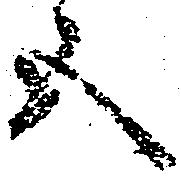
五